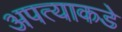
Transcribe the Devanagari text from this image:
अपत्याकडे